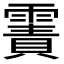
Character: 𩄾